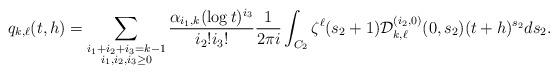
LaTeX: \begin{align*} q_{k,\ell}(t,h) = \sum_{ \substack{i_1+i_2 +i_3 = k-1 \\ i_1,i_2,i_3 \ge 0}} \frac{\alpha_{i_1,k} (\log t)^{i_3}}{i_{2}! i_{3}!} \frac{1}{2 \pi i} \int_{C_2} \zeta^{\ell}(s_2+1) \mathcal{D}_{k,\ell}^{(i_2,0)}(0,s_2) (t+h)^{s_2} ds_2.\end{align*}